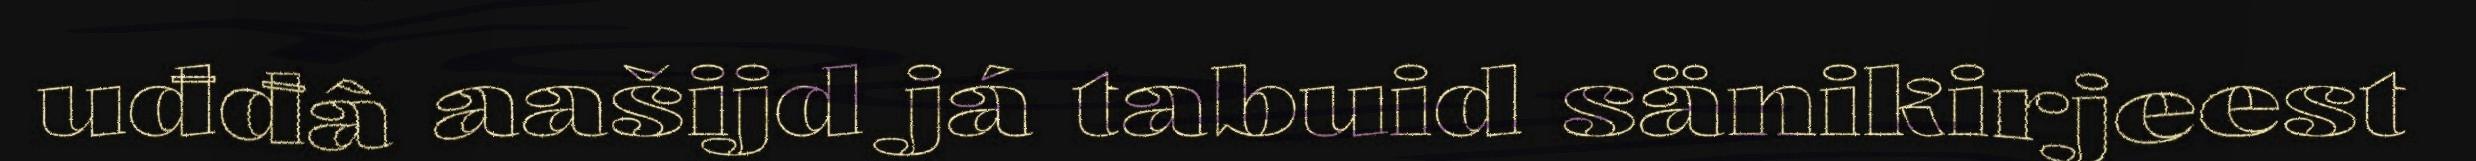
uđđâ aašijd já tabuid sänikirjeest